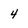
Character: 4